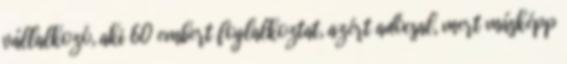
vállalkozó, aki 60 embert foglalkoztat, azért adócsal, mert másképp